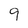
Character: 9